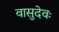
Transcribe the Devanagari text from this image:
वासुदेवः